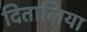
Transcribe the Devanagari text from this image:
दितालिया